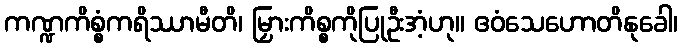
ကဏ္ဍကိစ္စံကရိဿာမီတိ၊ မြှားကိစ္စကိုပြုဦးအံ့ဟု။ ဧဝံသေဟောတိနုခေါ၊